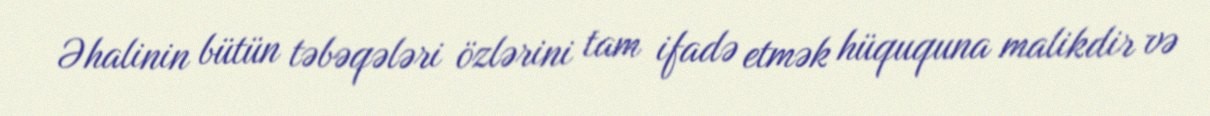
Əhalinin bütün təbəqələri özlərini tam ifadə etmək hüququna malikdir və